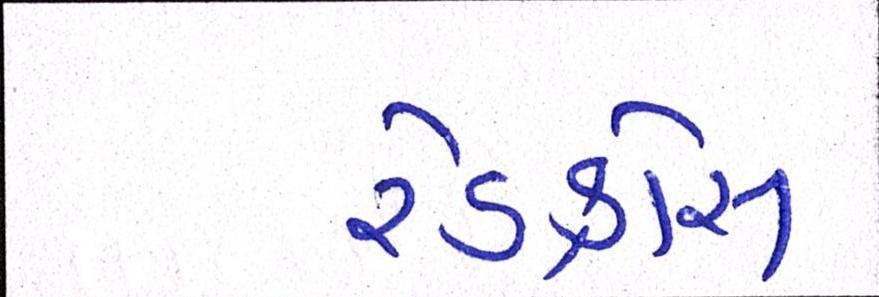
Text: રેડક્રોસ